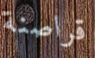
قراصنة